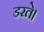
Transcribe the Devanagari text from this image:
डरते।